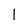
Character: I